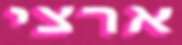
ארצי